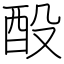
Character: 酘